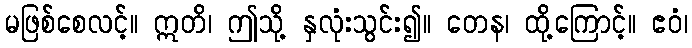
မဖြစ်စေလင့်။ ဣတိ၊ ဤသို့ နှလုံးသွင်း၍။ တေန၊ ထို့ကြောင့်။ ဧဝံ၊